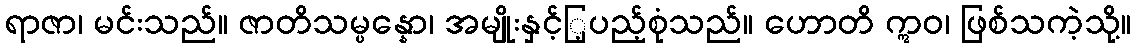
ရာဇာ၊ မင်းသည်။ ဇာတိသမ္ပန္နော၊ အမျိုးနှင့်ြ့ပည့်စုံသည်။ ဟောတိ ဣဝ၊ ဖြစ်သကဲ့သို့။